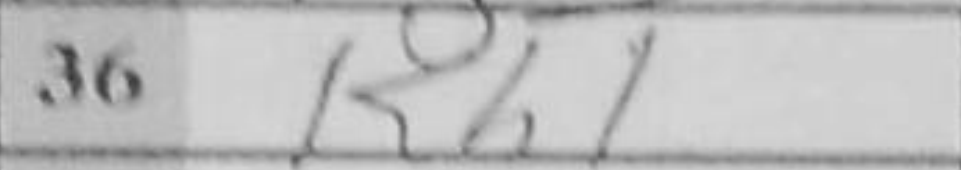
Transcription: Kh1